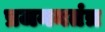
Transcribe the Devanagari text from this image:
प्रजननतंत्र